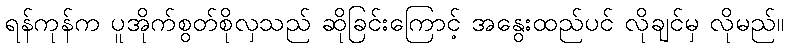
ရန်ကုန်က ပူအိုက်စွတ်စိုလှသည် ဆိုခြင်းကြောင့် အနွေးထည်ပင် လိုချင်မှ လိုမည်။